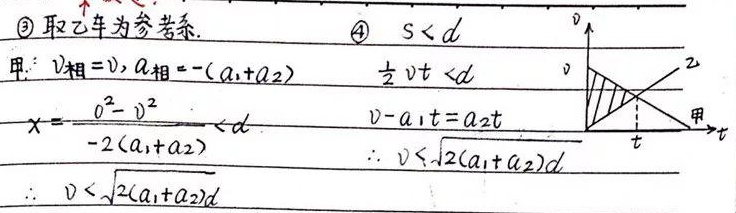
\textcircled{3} 取乙车为参考系。
\textcircled{4} 若 \(s < d\)，对于甲：\(v_{相}=v\)，\(a_{相}=-(a_{1}+a_{2})\)，有 \(\frac{1}{2}vt < d\)，\(x=\frac{0^{2}-v^{2}}{-2(a_{1}+a_{2})}<d\)，\(v - a_{1}t=a_{2}t\)，\(\therefore v < \sqrt{2(a_{1}+a_{2})d}\)，\(\therefore v < \sqrt{2(a_{1}+a_{2})d}\)。